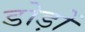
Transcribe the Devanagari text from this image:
डोड़ों